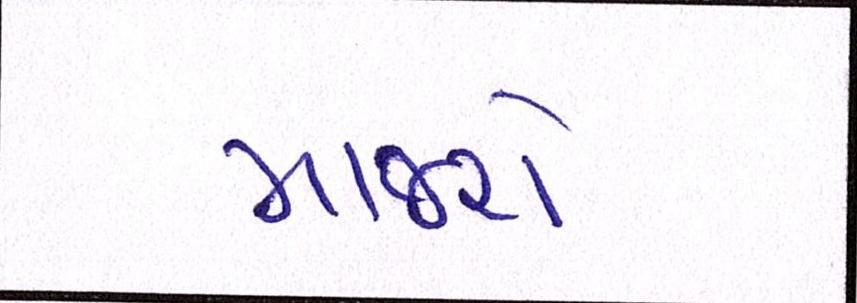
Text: માજરો